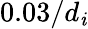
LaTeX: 0.03/d_{\mathit{i}}